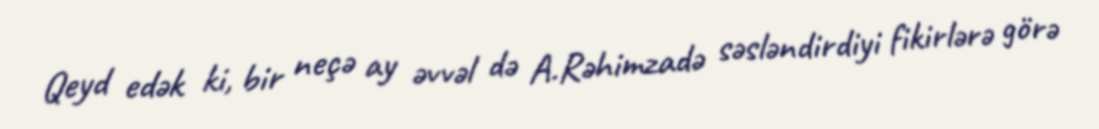
Qeyd edək ki, bir neçə ay əvvəl də A.Rəhimzadə səsləndirdiyi fikirlərə görə